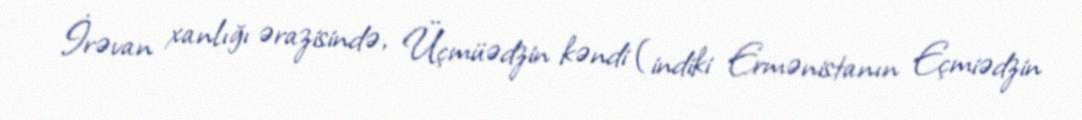
İrəvan xanlığı ərazisində, Üçmüədzin kəndi (indiki Ermənistanın Eçmiədzin